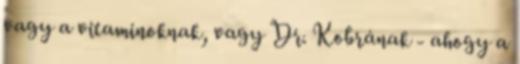
vagy a vitaminoknak, vagy Dr. Kobrának - ahogy a